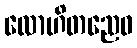
လောဟိတညေဝ